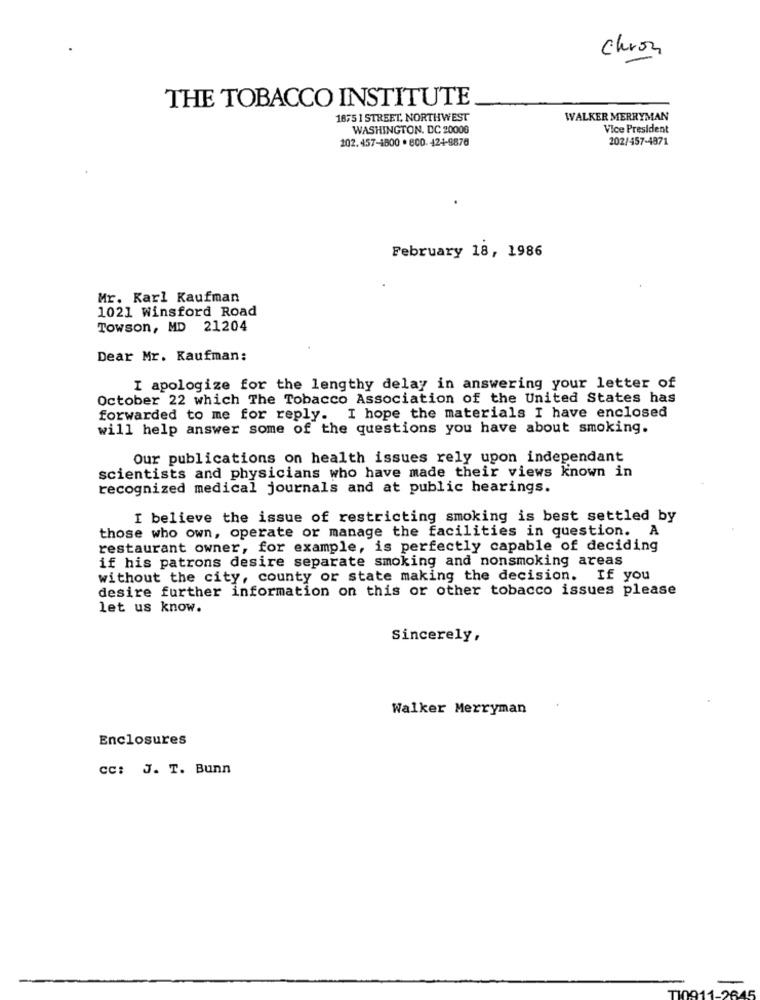
Chron
THE TOBACCO INSTITUTE
18551 STREET NORTHWEST
WALKER MERRYMAN
WASHINGTON, DC 20006
Vice President
202.457-1800 . 800- 124-9878
202/457-4871
February 18, 1986
Mr. Karl Kaufman
1021 Winsford Road
Towson, MD 21204
Dear Mr. Kaufman:
I apologize for the lengthy delay in answering your letter of
October 22 which The Tobacco Association of the United States has
forwarded to me for reply. I hope the materials I have enclosed
will help answer some of the questions you have about smoking.
Our publications on health issues rely upon independant
scientists and physicians who have made their views known in
recognized medical journals and at public hearings.
I believe the issue of restricting smoking is best settled by
those who own, operate or manage the facilities in question. A
restaurant owner, for example, is perfectly capable of deciding
if his patrons desire separate smoking and nonsmoking areas
without the city, county or state making the decision. If you
desire further information on this or other tobacco issues please
let us know.
Sincerely,
Walker Merryman
Enclosures
CC: J. T. Bunn